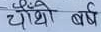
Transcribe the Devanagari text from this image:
चौथो वर्ष